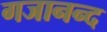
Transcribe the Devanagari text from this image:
गजानन्द